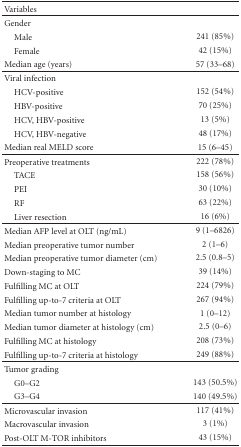
<table><thead><tr><td><b>Variables</b></td><td></td></tr></thead><tbody><tr><td>Gender</td><td></td></tr><tr><td> Male</td><td>241 (85%)</td></tr><tr><td> Female</td><td>42 (15%)</td></tr><tr><td>Median age (years)</td><td>57 (33–68) </td></tr><tr><td>Viral infection</td><td></td></tr><tr><td> HCV-positive</td><td>152 (54%)</td></tr><tr><td> HBV-positive</td><td>70 (25%)</td></tr><tr><td> HCV, HBV-positive</td><td>13 (5%)</td></tr><tr><td> HCV, HBV-negative</td><td>48 (17%)</td></tr><tr><td>Median real MELD score</td><td>15 (6–45) </td></tr><tr><td>Preoperative treatments</td><td>222 (78%)</td></tr><tr><td> TACE</td><td>158 (56%)</td></tr><tr><td> PEI</td><td>30 (10%)</td></tr><tr><td> RF</td><td>63 (22%)</td></tr><tr><td> Liver resection</td><td>16 (6%)</td></tr><tr><td>Median AFP level at OLT (ng/mL)</td><td>9 (1–6826)</td></tr><tr><td>Median preoperative tumor number</td><td>2 (1–6)</td></tr><tr><td>Median preoperative tumor diameter (cm)</td><td>2.5 (0.8–5)</td></tr><tr><td>Down-staging to MC</td><td>39 (14%)</td></tr><tr><td>Fulfilling MC at OLT</td><td>224 (79%)</td></tr><tr><td>Fulfilling up-to-7 criteria at OLT</td><td>267 (94%)</td></tr><tr><td>Median tumor number at histology</td><td>1 (0–12)</td></tr><tr><td>Median tumor diameter at histology (cm)</td><td>2.5 (0–6)</td></tr><tr><td>Fulfilling MC at histology</td><td>208 (73%)</td></tr><tr><td>Fulfilling up-to-7 criteria at histology</td><td>249 (88%)</td></tr><tr><td>Tumor grading</td><td></td></tr><tr><td> G0–G2</td><td>143 (50.5%)</td></tr><tr><td> G3–G4</td><td>140 (49.5%)</td></tr><tr><td>Microvascular invasion</td><td>117 (41%)</td></tr><tr><td>Macrovascular invasion</td><td>3 (1%)</td></tr><tr><td>Post-OLT M-TOR inhibitors</td><td>43 (15%)</td></tr></tbody></table>